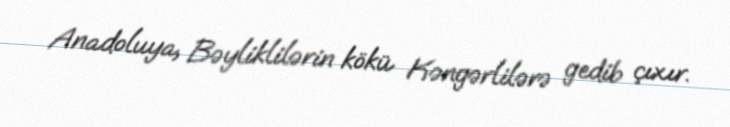
Anadoluya, Bəyliklilərin kökü Kəngərlilərə gedib çıxır.